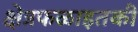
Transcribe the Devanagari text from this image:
क्षेत्रफळाइतकी